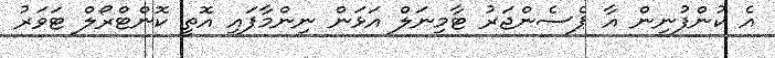
އެ ކުންފުނިން އާ ޕެސެންޖަރު ޓާމިނަލް އަޅަން ނިންމާފައި އޮތީ ކޮންޓްރޯލް ޓަވަރު